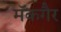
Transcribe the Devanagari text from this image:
मॅकगैर